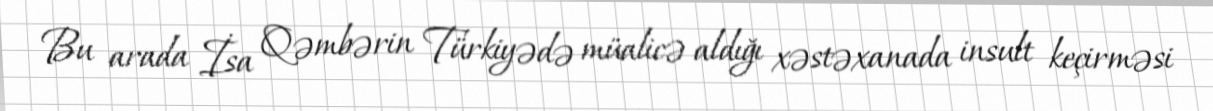
Bu arada İsa Qəmbərin Türkiyədə müalicə aldığı xəstəxanada insult keçirməsi